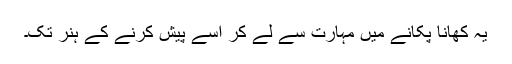
یہ کھانا پکانے میں مہارت سے لے کر اسے پیش کرنے کے ہنر تک۔